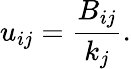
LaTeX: u_{ij}=\frac{B_{ij}}{k_{j}}.